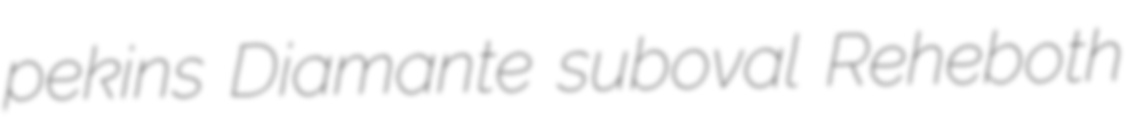
pekins Diamante suboval Reheboth